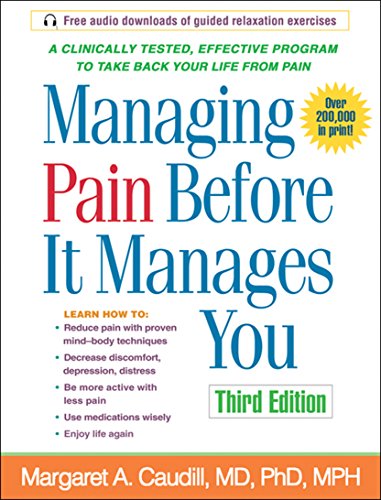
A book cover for Managing Pain Before It Manages You, Third Edition; Margaret A. Caudill; Health, Fitness & Dieting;